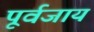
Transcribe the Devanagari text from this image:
पूर्वजाय